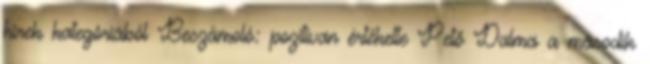
hírek kategóriából Beszámoló: pozitívan értékelte Pető Dalma a második